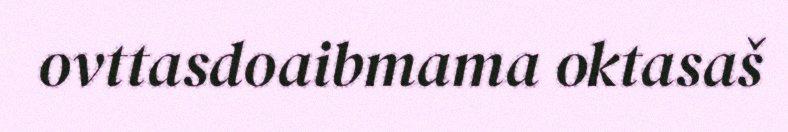
ovttasdoaibmama oktasaš